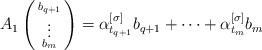
LaTeX: \begin{align*}A_1 \left(\begin{smallmatrix} b_{q+1} \\ \vdots \\ b_m \end{smallmatrix}\right) = \alpha_{t_{q+1}}^{[\sigma]} b_{q+1} + \dots + \alpha_{t_{m}}^{[\sigma]} b_{m}\end{align*}